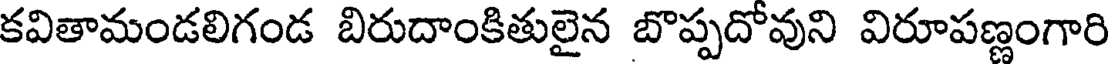
కవితామండలిగండ బిరుదాంకితులైన బొప్పదోవుని విరూపణ్ణంగారి